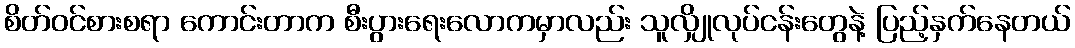
စိတ်ဝင်စားစရာ ကောင်းတာက စီးပွားရေးလောကမှာလည်း သူလျှိုလုပ်ငန်းတွေနဲ့ ပြည့်နှက်နေတယ်